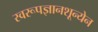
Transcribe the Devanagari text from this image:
स्वरूपज्ञानशून्येन